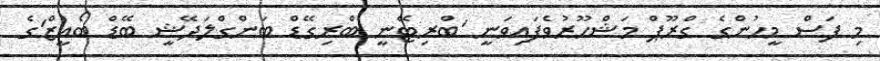
މި ފަސް މީހުންގެ ގްރޫޕް މަޝްހޫރުވެފައިވަނީ 'ބްރިޓޭނީ ބްރިގޭޑް ބަންގްލަދޭޝީ ބޭޑް ބޯއީޒް'ގެ